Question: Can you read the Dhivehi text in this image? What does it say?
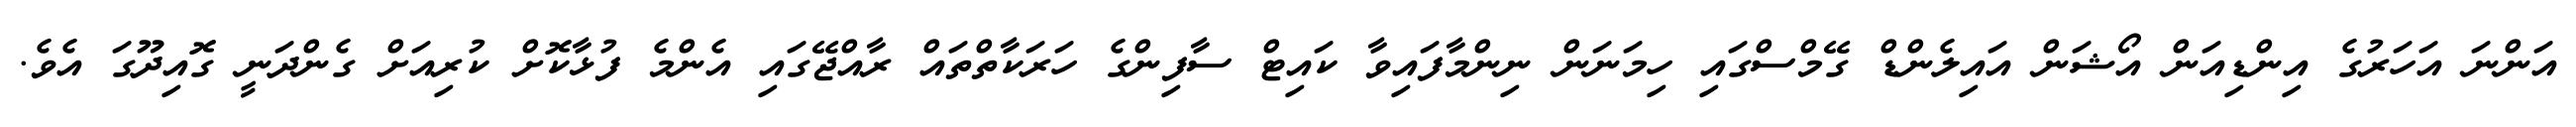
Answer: އަންނަ އަހަރުގެ އިންޑިއަން އޯޝަން އައިލެންޑް ގޭމްސްގައި ހިމަނަން ނިންމާފައިވާ ކައިޓް ސާފިންގެ ހަރަކާތްތައް ރާއްޖޭގައި އެންމެ ފުޅާކޮށް ކުރިއަށް ގެންދަނީ ގޮއިދޫގަ އެވެ.